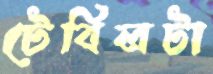
টেবিলটা